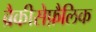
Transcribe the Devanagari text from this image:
ब्रैकीसेफ़ैलिक